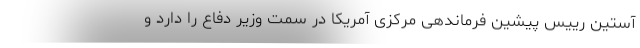
آستین رییس پیشین فرماندهی مرکزی آمریکا در سمت وزیر دفاع را دارد و